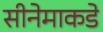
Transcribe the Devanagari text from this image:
सीनेमाकडे